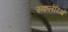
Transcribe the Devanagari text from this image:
स्कलेरिओ